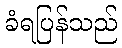
ခံရပြန်သည်